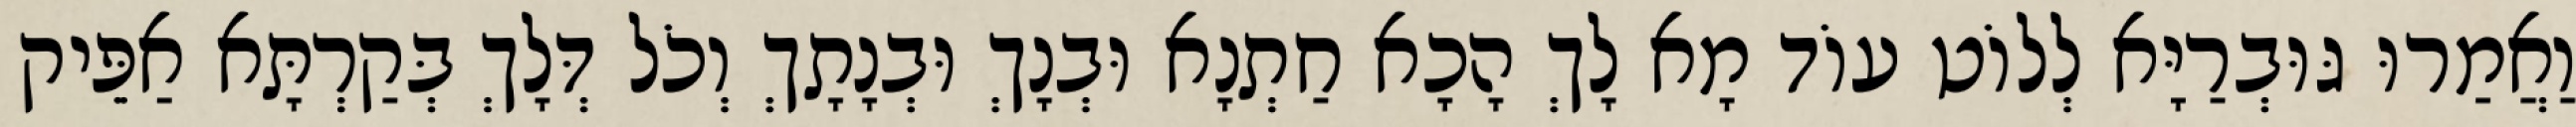
וַאֲמַרוּ גּוּבְרַיָּא לְלוֹט עוֹד מָא לָךְ הָכָא חַתְנָא וּבְנָךְ וּבְנָתָךְ וְכֹל דְּלָךְ בְּקַרְתָּא אַפֵּיק